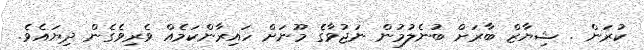
ކުރަން . ޝިޔާޒް ބާރަށް ބުނެލުމުން ނަޖުވާގެ މޫނަށް ހައިރާންކަމެއް ވެރިވެގެން ދިޔައެވެ.